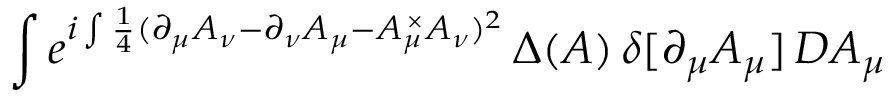
\int e ^ { i \int \frac 1 4 ( \partial _ { \mu } A _ { \nu } - \partial _ { \nu } A _ { \mu } - A _ { \mu } ^ { \, \times } A _ { \nu } ) ^ { 2 } } \, \Delta ( A ) \, \delta [ \partial _ { \mu } A _ { \mu } ] \, { \cal D } A _ { \mu }